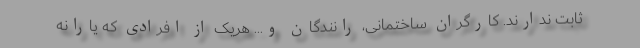
ثابت ندارند. کارگران ساختمانی، رانندگان و... هریک از افرادی که یارانه